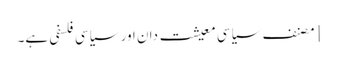
[مصنف سیاسی معیشت دان اور سیاسی فلسفی ہے۔